Vaccination Hyderabad 1872-1889 - 1872-1889
Year: 1872
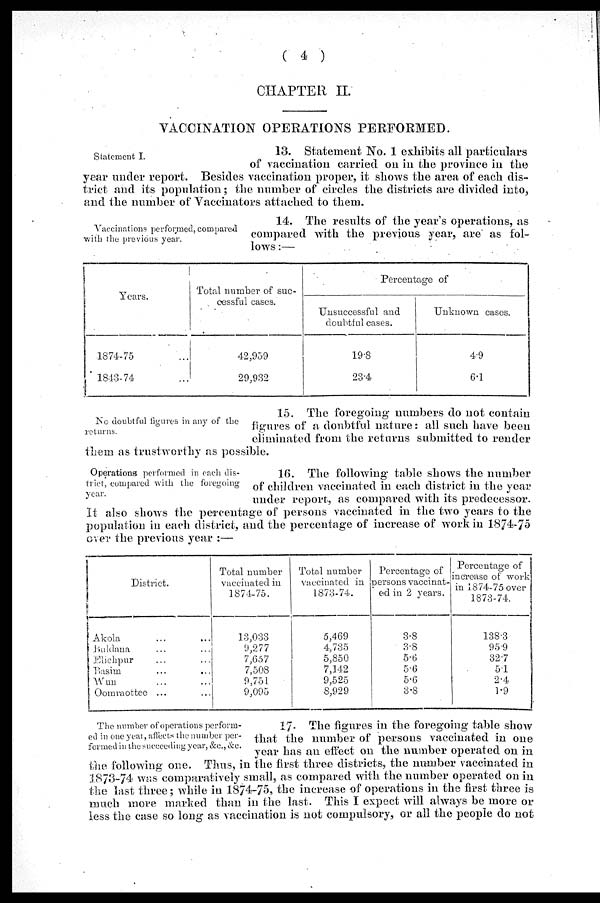
( 4 )
CHAPTER II.
VACCINATION OPERATIONS PERFORMED.
Statement I.
13. Statement No. 1 exhibits all particulars
of vaccination carried on in the province in the
year under report. Besides vaccination proper, it shows the area of each dis-
trict and its population; the number of circles the districts are divided into,
and the number of Vaccinators attached to them.
Vaccinations performed, compared
with the previous year.
14. The results of the year's operations, as
compared with the previous year, are as fol-
lows :—
Years.
1874-75 ...
1843-74 ...
Total number of suc-
cessful cases.
42,959
29,932
Percentage of
Unsuccessful and
doubtful cases.
19.8
23.4
Unknown cases.
4.9
6.1
No doubtful figures in any of the
returns.
15. The foregoing numbers do not contain
figures of a doubtful nature: all such have been
eliminated from the returns submitted to render
them as trustworthy as possible.
Operations performed in each dis-
trict, compared with the foregoing
year.
16. The following table shows the number
of children vaccinated in each district in the year
under report, as compared with its predecessor.
It also shows the percentage of persons vaccinated in the two years to the
population in each district, and the percentage of increase of work in 1874-75
over the previous year :—
District.
Akola ... ...
Buldana ... ...
Elichpur ... ...
Basim ... ...
Wun ... ...
Oomraottee ... ...
Total number
vaccinated in
1874-75.
13,033
9,277
7,657
7,508
9,751
9,095
Total number
vaccinated in
1873-74.
5,469
4,735
5,850
7,142
9,525
8,929
Percentage of
persons vaccinat-
ed in 2 years.
3.8
3.8
5.6
5.6
5.6
3.8
Percentage of
increase of work
in 1874-75 over
1873-74.
138.3
95.9
32.7
5.1
2.4
1.9
The number of operations perform-
ed in one year, affects the number per-
formed in the succeeding year, &c., &c.
17. The figures in the foregoing table show
that the number of persons vaccinated in one
year has an effect on the number operated on in
the following one. Thus, in the first three districts, the number vaccinated in
1873-74 was comparatively small, as compared with the number operated on in
the last three; while in 1874-75, the increase of operations in the first three is
much more marked than in the last. This I expect will always be more or
less the case so long as vaccination is not compulsory, or all the people do not